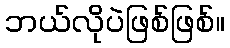
ဘယ်လိုပဲဖြစ်ဖြစ်။